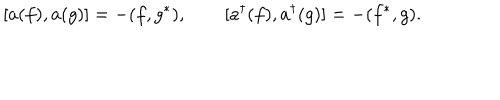
[ a ( f ) , a ( g ) ] = - ( f , g ^ { * } ) , \qquad [ a ^ { \dagger } ( f ) , a ^ { \dagger } ( g ) ] = - ( f ^ { * } , g ) .